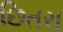
છિતરા